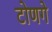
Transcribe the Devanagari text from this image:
टोणगे